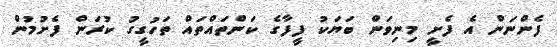
ފެންނަން އެ ފެށީ މިނިވަން ބަޔަކު ފީފާގެ ކަންތައްތައް ތަހުގީގު ކުރަން ފެށުމުން